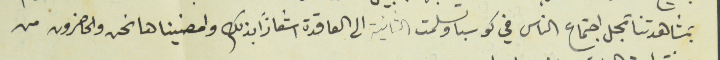
بمشاهدتنا بمحل اجتماع الناس في كوسبا وتسلمت الثانية الى العاقدة اشعاراً بذلك وامضيناها نحن والحاضرون من